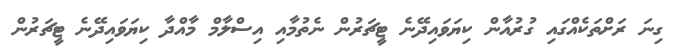
ގިނަ ރަށްތަކެއްގައި ގުރުއާން ކިޔަވައިދޭނެ ޓީޗަރުން ނެތުމާއި އިސްލާމް މާއްދާ ކިޔަވައިދޭނެ ޓީޗަރުން